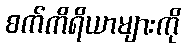
စက်ကိရိယာများကို